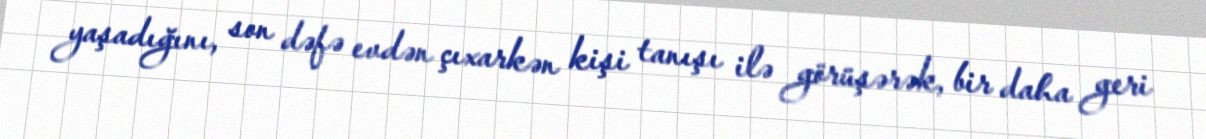
yaşadığını, son dəfə evdən çıxarkən kişi tanışı ilə görüşərək, bir daha geri